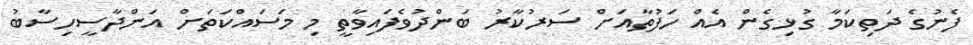
ފެނުގެ ދަތިކަމާ ގުޅިގެން އެއް ހަފުތާއަށް ސަރުކާރު ބަންދުވެފައިވާތީ މި މަސައްކަތަށް އަންދާސީހިސާބު